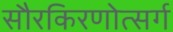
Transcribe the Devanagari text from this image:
सौरकिरणोत्सर्ग